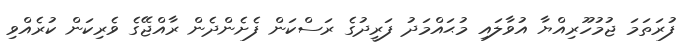
ފުރަތަމަ ޖުމުހޫރިއްޔާ އުވާލައި މުޙައްމަދު ފަރީދުގެ ރަސްކަން ފެށެންދެން ރާއްޖޭގެ ވެރިކަން ކުރެއްވި